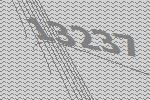
13237